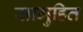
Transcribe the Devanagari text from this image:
सामुहित